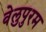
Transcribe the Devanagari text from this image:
वेलुपुरम